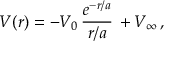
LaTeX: V ( r ) = - V _ { 0 } \, \frac { e ^ { - r / a } } { r / a } \, + V _ { \infty } \, ,